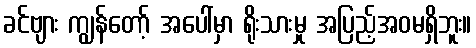
ခင်ဗျား ကျွန်တော့် အပေါ်မှာ ရိုးသားမှု အပြည့်အဝမရှိဘူး။